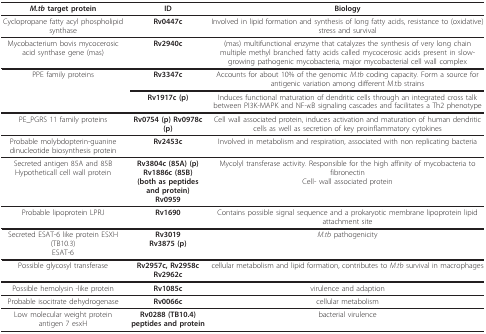
<table><thead><tr><td><b><i>M.tb </i>target protein</b></td><td><b>ID</b></td><td><b>Biology</b></td></tr></thead><tbody><tr><td>Cyclopropane fatty acyl phospholipid synthase</td><td><b>Rv0447c</b></td><td>Involved in lipid formation and synthesis of long fatty acids, resistance to (oxidative) stress and survival</td></tr><tr><td>Mycobacterium bovis mycocerosic acid synthase gene (mas)</td><td><b>Rv2940c</b></td><td>(mas) multifunctional enzyme that catalyzes the synthesis of very long chain multiple methyl branched fatty acids called mycocerosic acids present in slow-growing pathogenic mycobacteria, major mycobacterial cell wall complex</td></tr><tr><td>PPE family proteins</td><td><b>Rv3347c</b></td><td>Accounts for about 10% of the genomic <i>M.tb </i>coding capacity. Form a source for antigenic variation among different M.tb strains</td></tr><tr><td></td><td><b>Rv1917c (p)</b></td><td>Induces functional maturation of dendritic cells through an integrated cross talk between PI3K-MAPK and NF-κB signaling cascades and facilitates a Th2 phenotype</td></tr><tr><td>PE_PGRS 11 family proteins</td><td><b>Rv0754 (p) Rv0978c (p)</b></td><td>Cell wall associated protein, induces activation and maturation of human dendritic cells as well as secretion of key proinflammatory cytokines</td></tr><tr><td>Probable molybdopterin-guanine dinucleotide biosynthesis protein</td><td><b>Rv2453c</b></td><td>Involved in metabolism and respiration, associated with non replicating bacteria</td></tr><tr><td>Secreted antigen 85A and 85BHypotheticall cell wall protein</td><td><b>Rv3804c (85A) (p)</b><b>Rv1886c (85B)</b><b>(both as peptides and protein)</b><b>Rv0959</b></td><td>Mycolyl transferase activity. Responsible for the high affinity of mycobacteria to fibronectinCell- wall associated protein</td></tr><tr><td>Probable lipoprotein LPRJ</td><td><b>Rv1690</b></td><td>Contains possible signal sequence and a prokaryotic membrane lipoprotein lipid attachment site</td></tr><tr><td>Secreted ESAT-6 like protein ESXH (TB10.3)ESAT-6</td><td><b>Rv3019</b><b>Rv3875 (p)</b></td><td><i>M.tb </i>pathogenicity</td></tr><tr><td>Possible glycosyl transferase</td><td><b>Rv2957c, Rv2958c Rv2962c</b></td><td>cellular metabolism and lipid formation, contributes to <i>M.tb </i>survival in macrophages</td></tr><tr><td>Possible hemolysin -like protein</td><td><b>Rv1085c</b></td><td>virulence and adaption</td></tr><tr><td>Probable isocitrate dehydrogenase</td><td><b>Rv0066c</b></td><td>cellular metabolism</td></tr><tr><td>Low molecular weight protein antigen 7 esxH</td><td><b>Rv0288 (TB10.4) peptides and protein</b></td><td>bacterial virulence</td></tr></tbody></table>